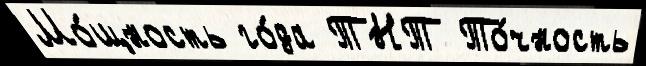
Мо́щность го́да ТНТ То́чность